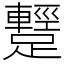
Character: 𨆪